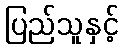
ပြည်သူနှင့်